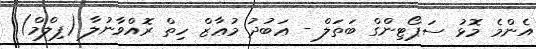
އެންމެ މޮޅު ސަޕޯޓިންގް ބަތަލް - ޢަބުދު މުޢާޒް ހިތް ރޮއްވާނުލާ (ފިލްމް)